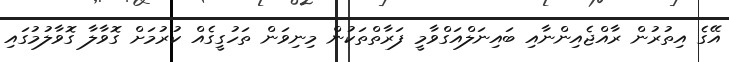
އޭގެ އިތުރުން ރާއްޖެއިންނާއި ބައިނަލްއަގްވާމީ ފަރާތްތަކުން މިނިވަން ތަހުގީގެއް ކުރުމަށް ގޮވާލާ ގޮވާލުމުގައި